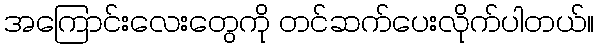
အကြောင်းလေးတွေကို တင်ဆက်ပေးလိုက်ပါတယ်။